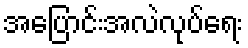
အပြောင်းအလဲလုပ်ရေး